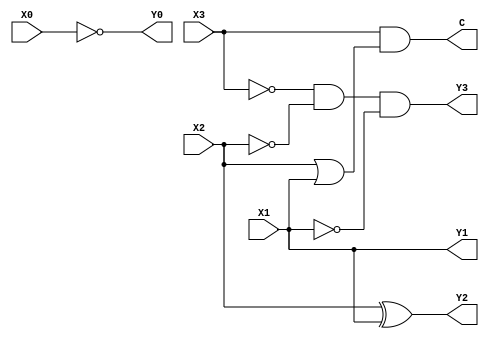
module BCDToNinthComp(X3, X2, X1, X0, Y3, Y2, Y1, Y0, C);
    input X3, X2, X1, X0; // A, B, C, D
    output Y3, Y2, Y1, Y0, C; // W, X, Y, Z, Valid

    //W = ABC' X = BC + BC Y = C Z = D Valid = AB+AC
    assign Y3 = ~X3 & ~X2 & ~X1;
    assign Y2 = X2 ^ X1;
    assign Y1 = X1;
    assign Y0 = ~X0;
    assign C = X3 & (X2 | X1);

endmodule // BCDToNinthComp

module tb_BCDToNinthComp;
    reg [3:0] D;
    wire Y3, Y2, Y1, Y0, C;
    BCDToNinthComp converter(D[3], D[2], D[1], D[0], Y3, Y2, Y1, Y0, C);

    initial begin
        D = 4'b0000;
        repeat(15)
            #10 D = D + 1'b1; 
    end

    initial begin
        $monitor("%d : %b%b%b%b -> %b%b%b%b, Valid : %b", D, D[3], D[2], D[1], D[0], Y3, Y2, Y1, Y0, C);
    end
    always @(D) begin
        $monitor("%d : %b%b%b%b -> %b%b%b%b, Valid : %b", D, D[3], D[2], D[1], D[0], Y3, Y2, Y1, Y0, C);
    end
endmodule // tb_BCDToNinthComp